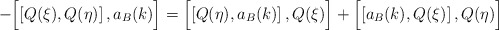
\begin{align*} - \Bigl[ \left[ Q(\xi) , Q(\eta) \right] , a_B (k) \Bigr] = \Bigl[ \left[ Q(\eta) , a_B (k) \right] , Q(\xi) \Bigr] + \Bigl[ \left[ a_B (k) , Q(\xi) \right] , Q(\eta) \Bigr]\end{align*}